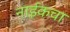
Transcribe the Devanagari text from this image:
नाईकचा